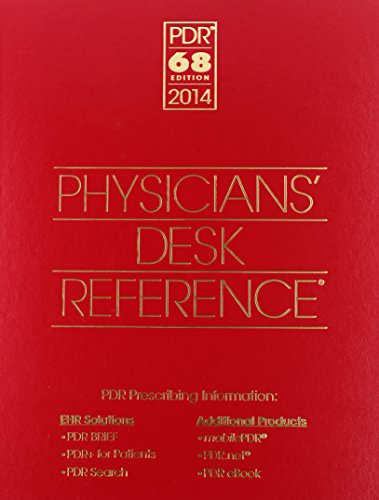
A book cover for Physicians' Desk Reference 2014 (Boxed Edition); PDR Staff; Medical Books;